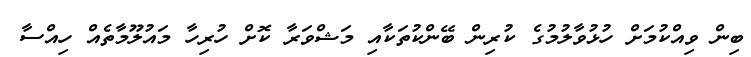
ބިން ވިއްކުމަށް ހުޅުވާލުމުގެ ކުރިން ބޭންކުތަކާއި މަޝްވަރާ ކޮށް ހުރިހާ މައުލޫމާތެއް ހިއްސާ